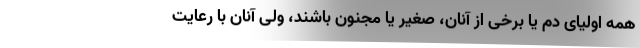
همه اولیای دم یا برخی از آنان، صغیر یا مجنون باشند، ولی آنان با رعایت